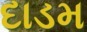
દાડમ